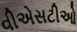
વીએસટીઓ